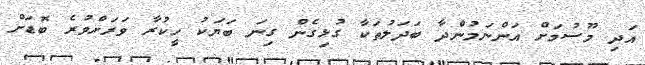
އަދި މޫސުމަށް އަންނަމުންދާ ބަދަލުތަކާ ގުޅިގެން ގިނަ ބަޔަކު ހީކުރާ ވަރަށްވުރެ ބޮޑަށް